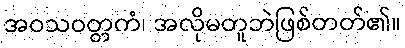
အဝသဝတ္တကံ၊ အလိုမတူဘဲဖြစ်တတ်၏။